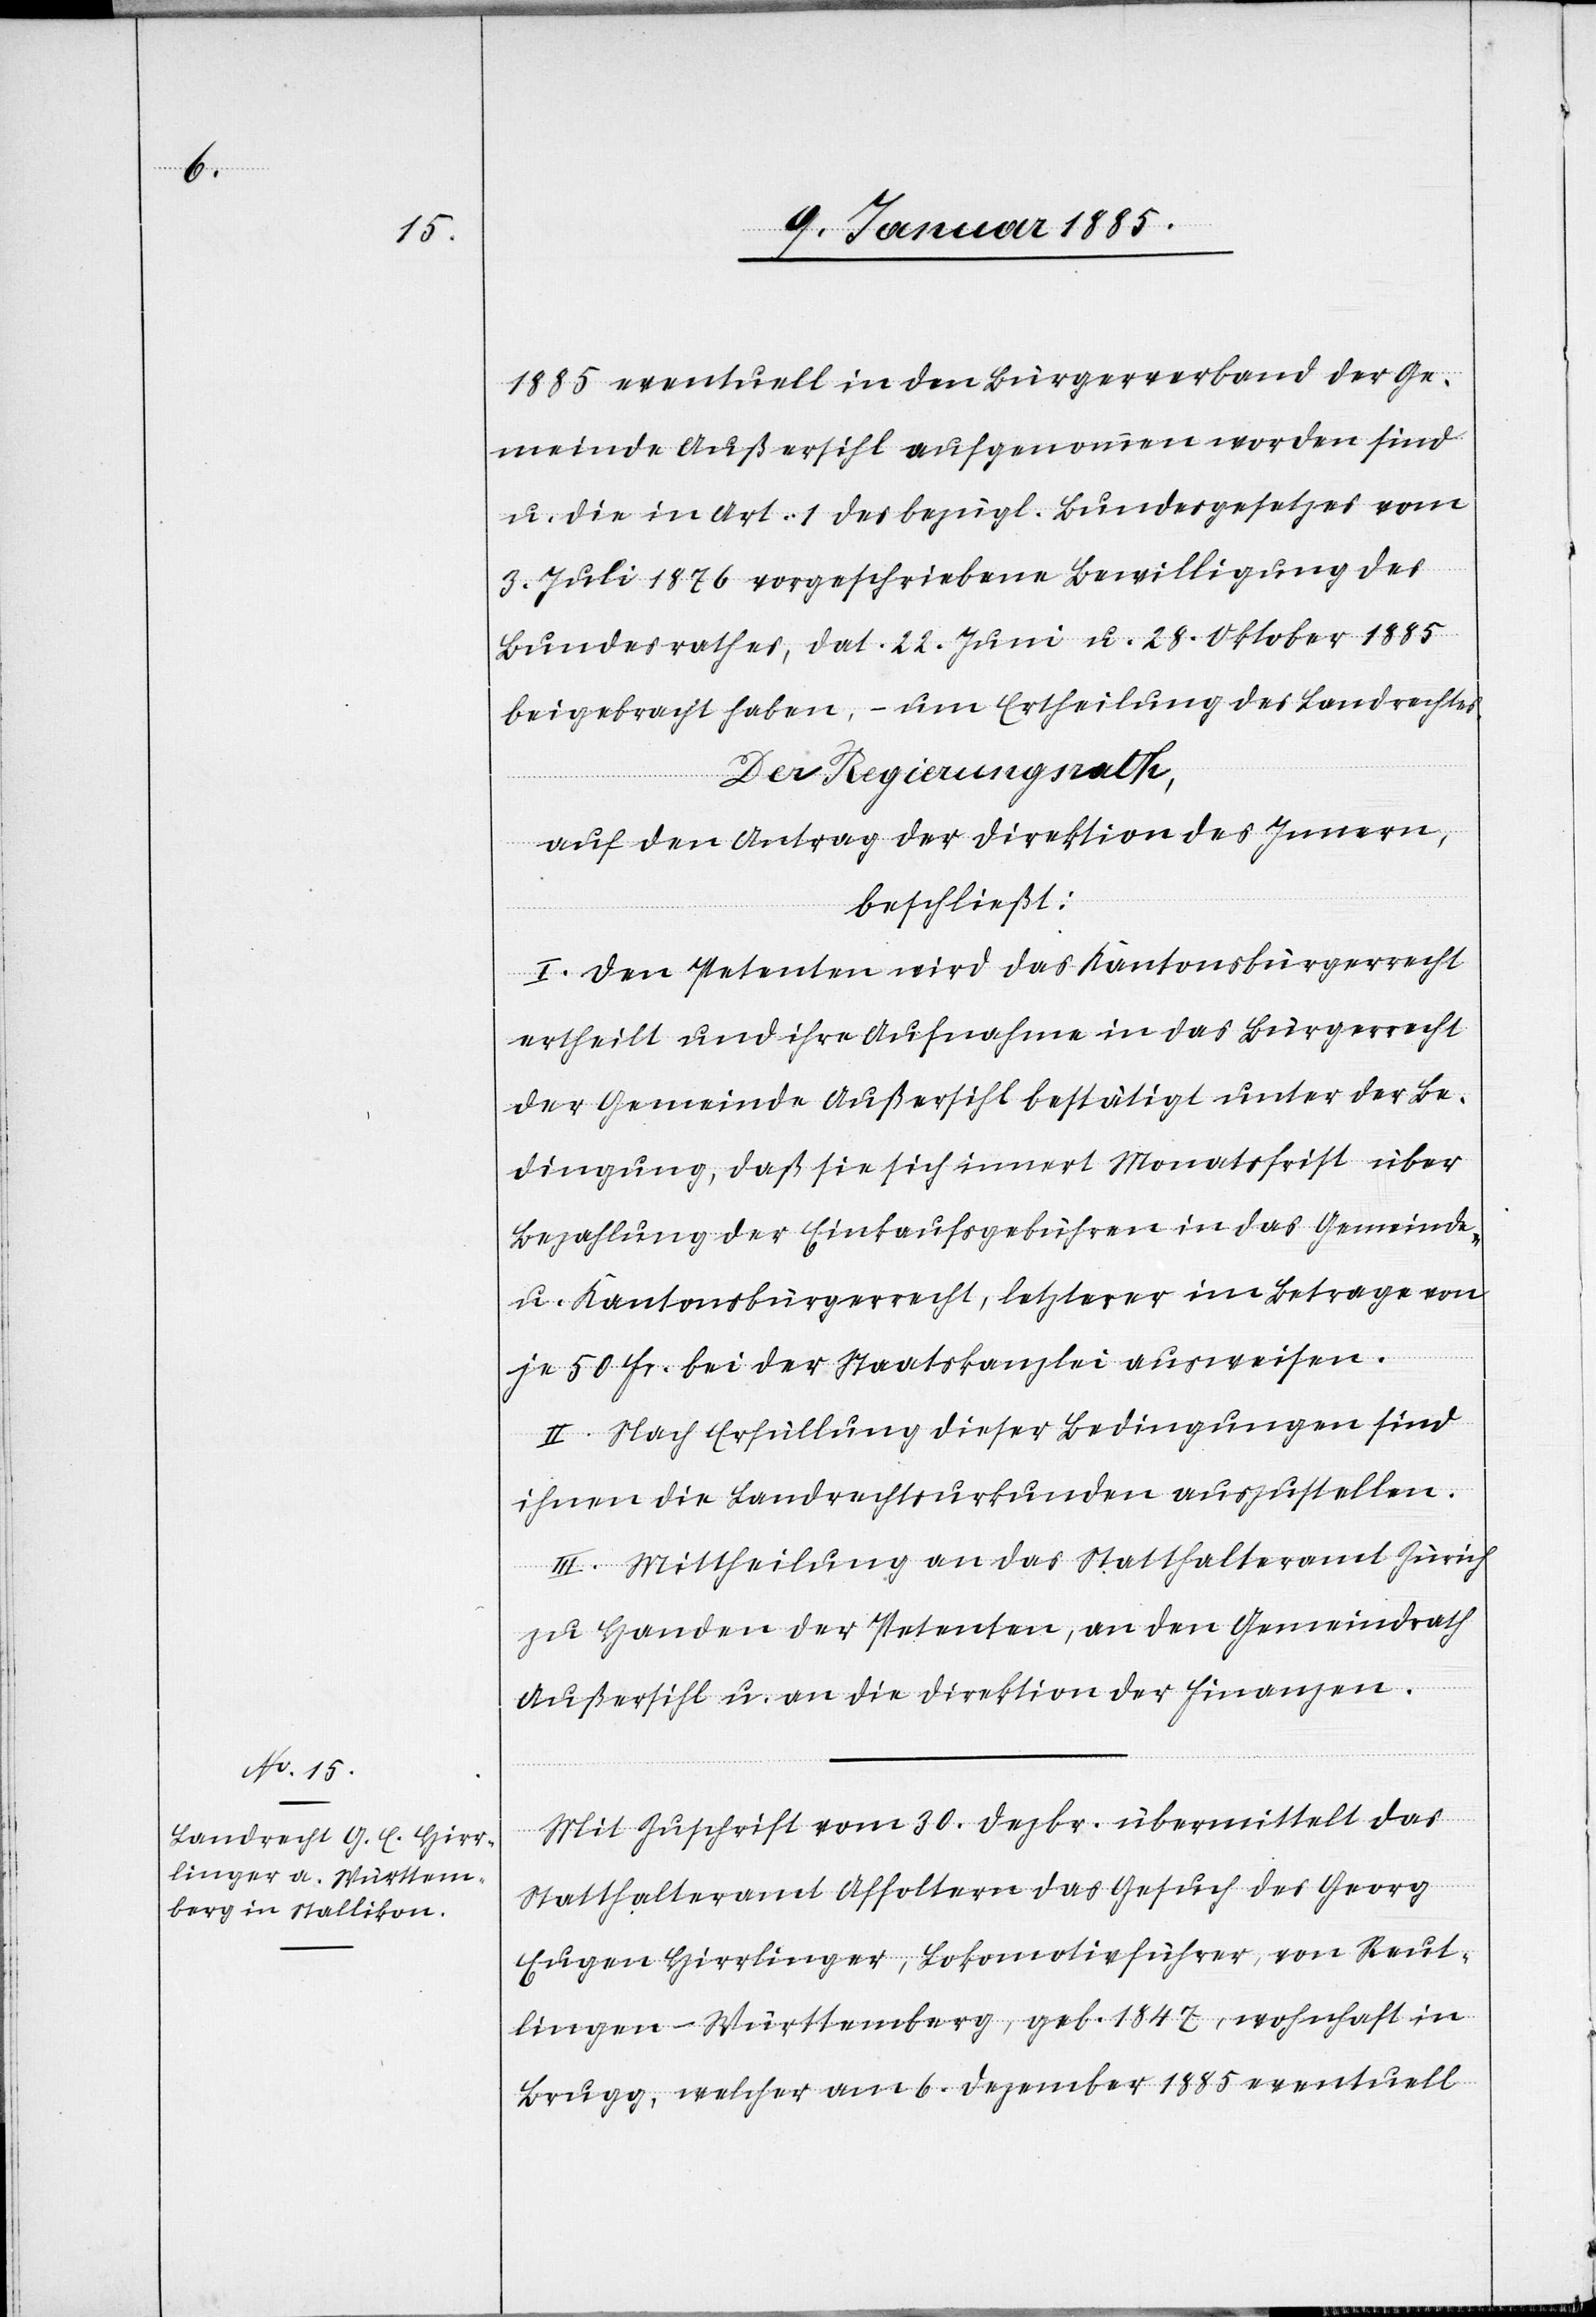
1885 eventuell in den Bürgerverband der Ge¬
meinde Außersihl aufgenommen worden sind
u. die in Art. 1 des bezügl. Bundesgesetzes vom
3. Juli 1876 vorgeschriebene Bewilligung des
Bundesrathes, dat. 22. Juni u. 28. Oktober 1885
beigebracht haben, – um Ertheilung des Landrechtes.
Der Regierungsrath,
auf den Antrag der Direktion des Innern,
beschließt:
I. Den Petenten wird das Kantonsbürgerrecht
ertheilt und ihre Aufnahme in das Bürgerrecht
der Gemeinde Außersihl bestätigt unter der Be¬
dingung, daß sie sich innert Monatsfrist über
Bezahlung der Einkaufsgebühren in das Gemeinde-
u. Kantonsbürgerrecht, letzterer im Betrage von
je 50 Fr. bei der Staatskanzlei ausweisen.
II. Nach Ertheilung dieser Bedingungen sind
ihnen die Landrechtsurkunden auszustellen.
III. Mittheilung an das Statthalteramt Zürich
zu Handen der Petenten, an den Gemeindrath
Außersihl u. an die Direktion der Finanzen.
Mit Zuschrift vom 30. Dezbr. übermittelt das
Statthalteramt Affoltern das Gesuch des Georg
Eugen Hirrlinger, Lokomotivführer, von Reut¬
lingen - Württemberg, geb. 1847, wohnhaft in
Brugg, welcher am 6. Dezember 1885 eventuell